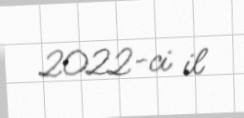
2022-ci il